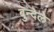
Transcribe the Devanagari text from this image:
बुन्देले